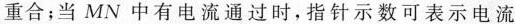
重合；当MN中有电流通过时，指针示数可表示电流